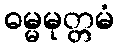
ဓမ္မမုတ္တမံ